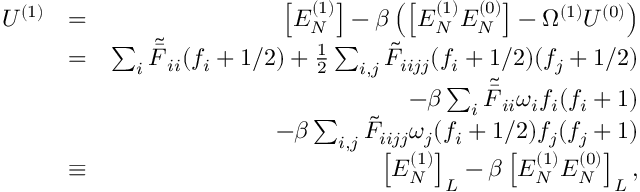
\begin{array} { r l r } { U ^ { ( 1 ) } } & { = } & { \left[ E _ { N } ^ { ( 1 ) } \right] - \beta \left( \left[ E _ { N } ^ { ( 1 ) } E _ { N } ^ { ( 0 ) } \right] - \Omega ^ { ( 1 ) } U ^ { ( 0 ) } \right) } \\ & { = } & { \sum _ { i } \tilde { \bar { F } } _ { i i } { ( f _ { i } + 1 / 2 ) } + \frac { 1 } { 2 } \sum _ { i , j } \tilde { F } _ { i i j j } ( f _ { i } + 1 / 2 ) ( f _ { j } + 1 / 2 ) } \\ & { } & { - { \beta } \sum _ { i } \tilde { \bar { F } } _ { i i } \omega _ { i } f _ { i } ( f _ { i } + 1 ) } \\ & { } & { - { \beta } \sum _ { i , j } \tilde { F } _ { i i j j } \omega _ { j } ( f _ { i } + 1 / 2 ) f _ { j } ( f _ { j } + 1 ) } \\ & { \equiv } & { \left[ E _ { N } ^ { ( 1 ) } \right] _ { L } - \beta \left[ E _ { N } ^ { ( 1 ) } E _ { N } ^ { ( 0 ) } \right] _ { L } , } \end{array}